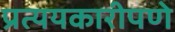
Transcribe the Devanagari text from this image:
प्रत्ययकारीपणे